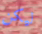
ليكن